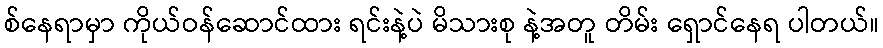
စ်နေရာမှာ ကိုယ်ဝန်ဆောင်ထား ရင်းနဲ့ပဲ မိသားစု နဲ့အတူ တိမ်း ရှောင်နေရ ပါတယ်။